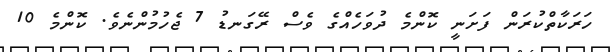
ހަރަކާތްކުރަން ފަށަނީ ކޮންމެ ދުވަހެއްގެ ވެސް ރޭގަނޑު 7 ޖެހުމުންނެވެ. ކޮންމެ 10